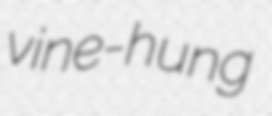
vine-hung